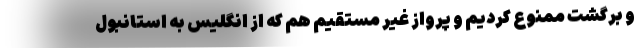
و برگشت ممنوع کردیم و پرواز غیر مستقیم هم که از انگلیس به استانبول